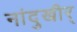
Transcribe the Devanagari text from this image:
नांदुखीर्